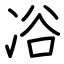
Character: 𠗖